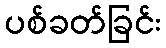
ပစ်ခတ်ခြင်း